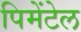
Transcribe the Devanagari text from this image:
पिमेंटेल